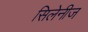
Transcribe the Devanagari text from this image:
सिलेनीज